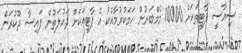
ސިޔާސީ ޕާޓީތަކަށް 10000 މެމްބަރުން ހަމަކުރުމާއެކު އެ ޕާޓީއަކަށް ދައުލަތުން ފައިސާ ދޫކުރަން